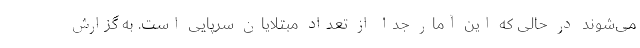
می‌شوند در حالی که این آمار جدا از تعداد مبتلایان سرپایی است. به گزارش